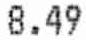
8.49